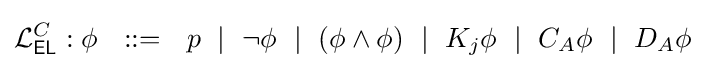
{\mathcal {L}}_{\textsf {EL}}^{C}:\phi ~~::=~~p~\mid ~\neg \phi ~\mid ~(\phi \land \phi )~\mid ~K_{j}\phi ~\mid ~C_{A}\phi ~\mid ~D_{A}\phi